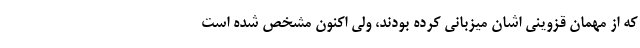
که از مهمان قزوینی اشان میزبانی کرده بودند، ولی اکنون مشخص شده است